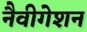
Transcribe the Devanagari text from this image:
नैवीगेशन